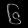
Digit: ၆